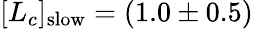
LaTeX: [L_{c}]_{\mathrm{slow}}=(1.0\pm 0.5)